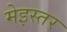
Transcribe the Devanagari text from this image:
मेइस्तर